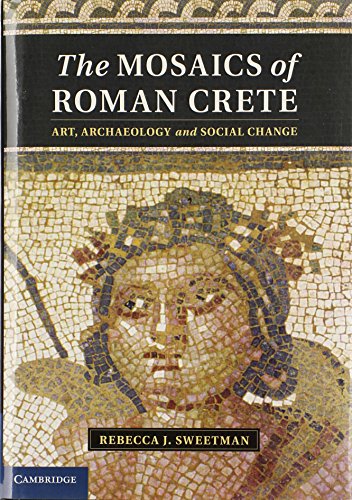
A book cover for The Mosaics of Roman Crete: Art, Archaeology and Social Change; Rebecca J. Sweetman; Crafts, Hobbies & Home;